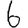
Digit: 6